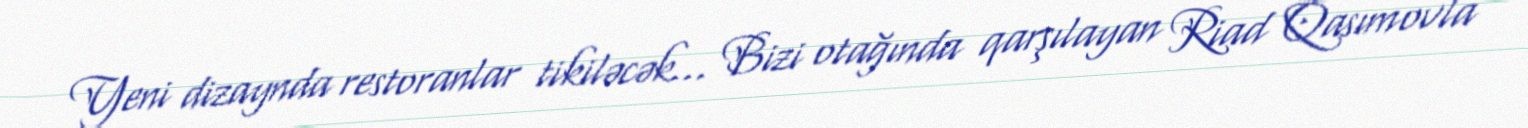
Yeni dizaynda restoranlar tikiləcək... Bizi otağında qarşılayan Riad Qasımovla